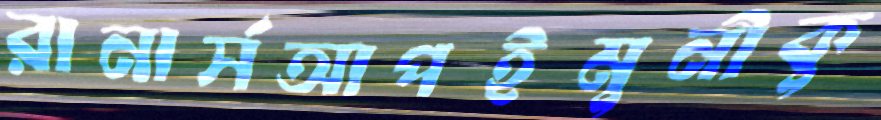
রানার্সআপইমুনীকু